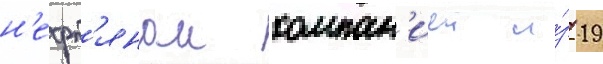
н'ефт'янои компан'иеи и́з 19